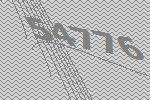
54776